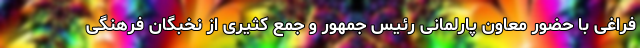
فراغی با حضور معاون پارلمانی رئیس جمهور و جمع کثیری از نخبگان فرهنگی